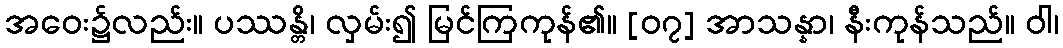
အဝေး၌လည်း။ ပဿန္တိ၊ လှမ်း၍ မြင်ကြကုန်၏။ [၀၇] အာသန္နာ၊ နီးကုန်သည်။ ဝါ၊